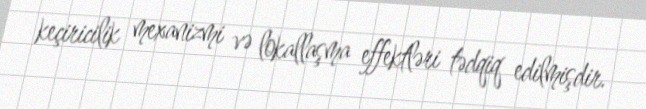
keçiricilik mexanizmi və lokallaşma effektləri tədqiq edilmişdir.